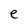
Character: e